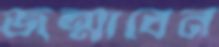
জন্মাবেন